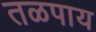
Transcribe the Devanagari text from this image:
तळपाय